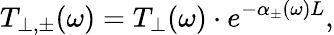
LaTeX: T_{\perp,\pm}(\omega)=T_{\perp}(\omega)\cdot e^{-\alpha_{\pm}(\omega)L},